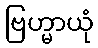
ဗြဟ္မာယုံ